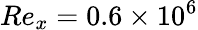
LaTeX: Re_{x}=0.6\times 10^{6}